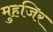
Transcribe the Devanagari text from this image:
मुहजिर